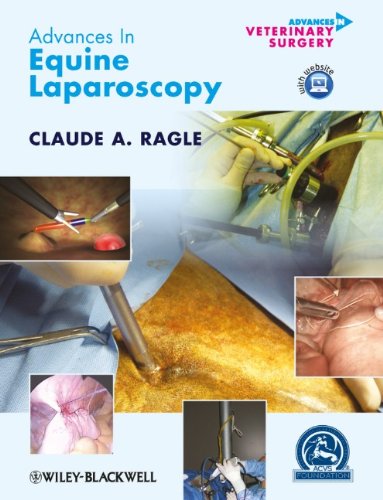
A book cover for Advances in Equine Laparoscopy (AVS Advances in Veterinary Surgery); Medical Books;